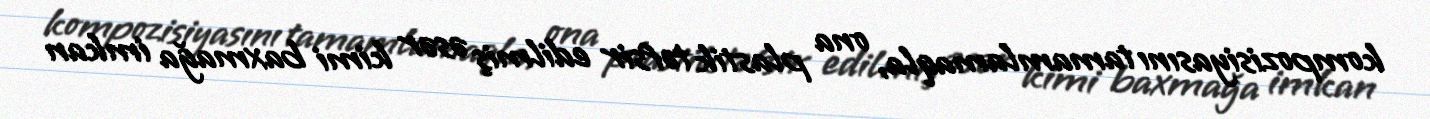
kompozisiyasını tamamlamaqla, ona plastik təfsir edilmiş əsər kimi baxmağa imkan